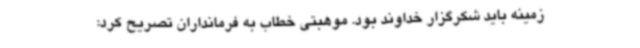
زمینه باید شکرگزار خداوند بود. موهبتی خطاب به فرمانداران تصریح کرد: